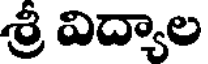
శ్రీ విద్యాల